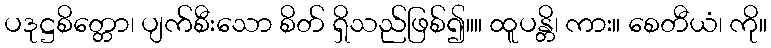
ပဒုဋ္ဌစိတ္တော၊ ပျက်စီးသော စိတ် ရှိသည်ဖြစ်၍။။ ထူပန္တိ၊ ကား။ စေတီယံ၊ ကို။